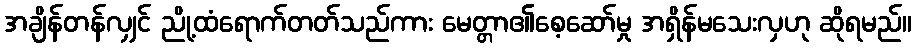
အချိန်တန်လျှင် ညို့ထံရောက်တတ်သည်ကား မေတ္တာ၏စေ့ဆော်မှု အရှိန်မသေးလှဟု ဆိုရမည်။